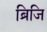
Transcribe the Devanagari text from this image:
ब्रिजि